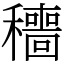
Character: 穯